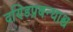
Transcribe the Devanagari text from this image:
दण्डिप्रबन्धाश्च